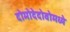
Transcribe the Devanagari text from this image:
दोमोदेदोवोमध्ये